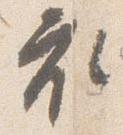
衣